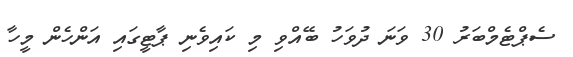
ސެޕްޓެމްބަރު 30 ވަނަ ދުވަހު ބޭއްވި މި ކައިވެނި ޕާޓީގައި އަންހެން މީހާ